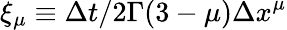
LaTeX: \xi_{\mu}\equiv\Delta t/2\Gamma(3-\mu)\Delta x^{\mu}